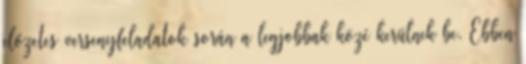
előzetes versenyfeladatok során a legjobbak közé kerülnek be. Ebben